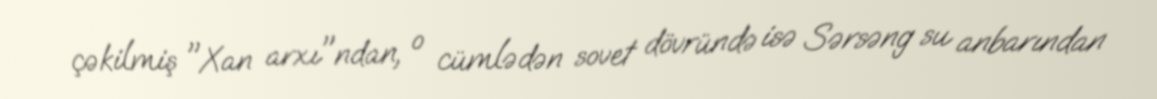
çəkilmiş "Xan arxı"ndan, o cümlədən sovet dövründə isə Sərsəng su anbarından